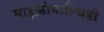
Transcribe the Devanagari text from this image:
माइक्रोमाल्थिडी